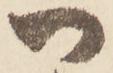
御